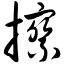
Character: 擦